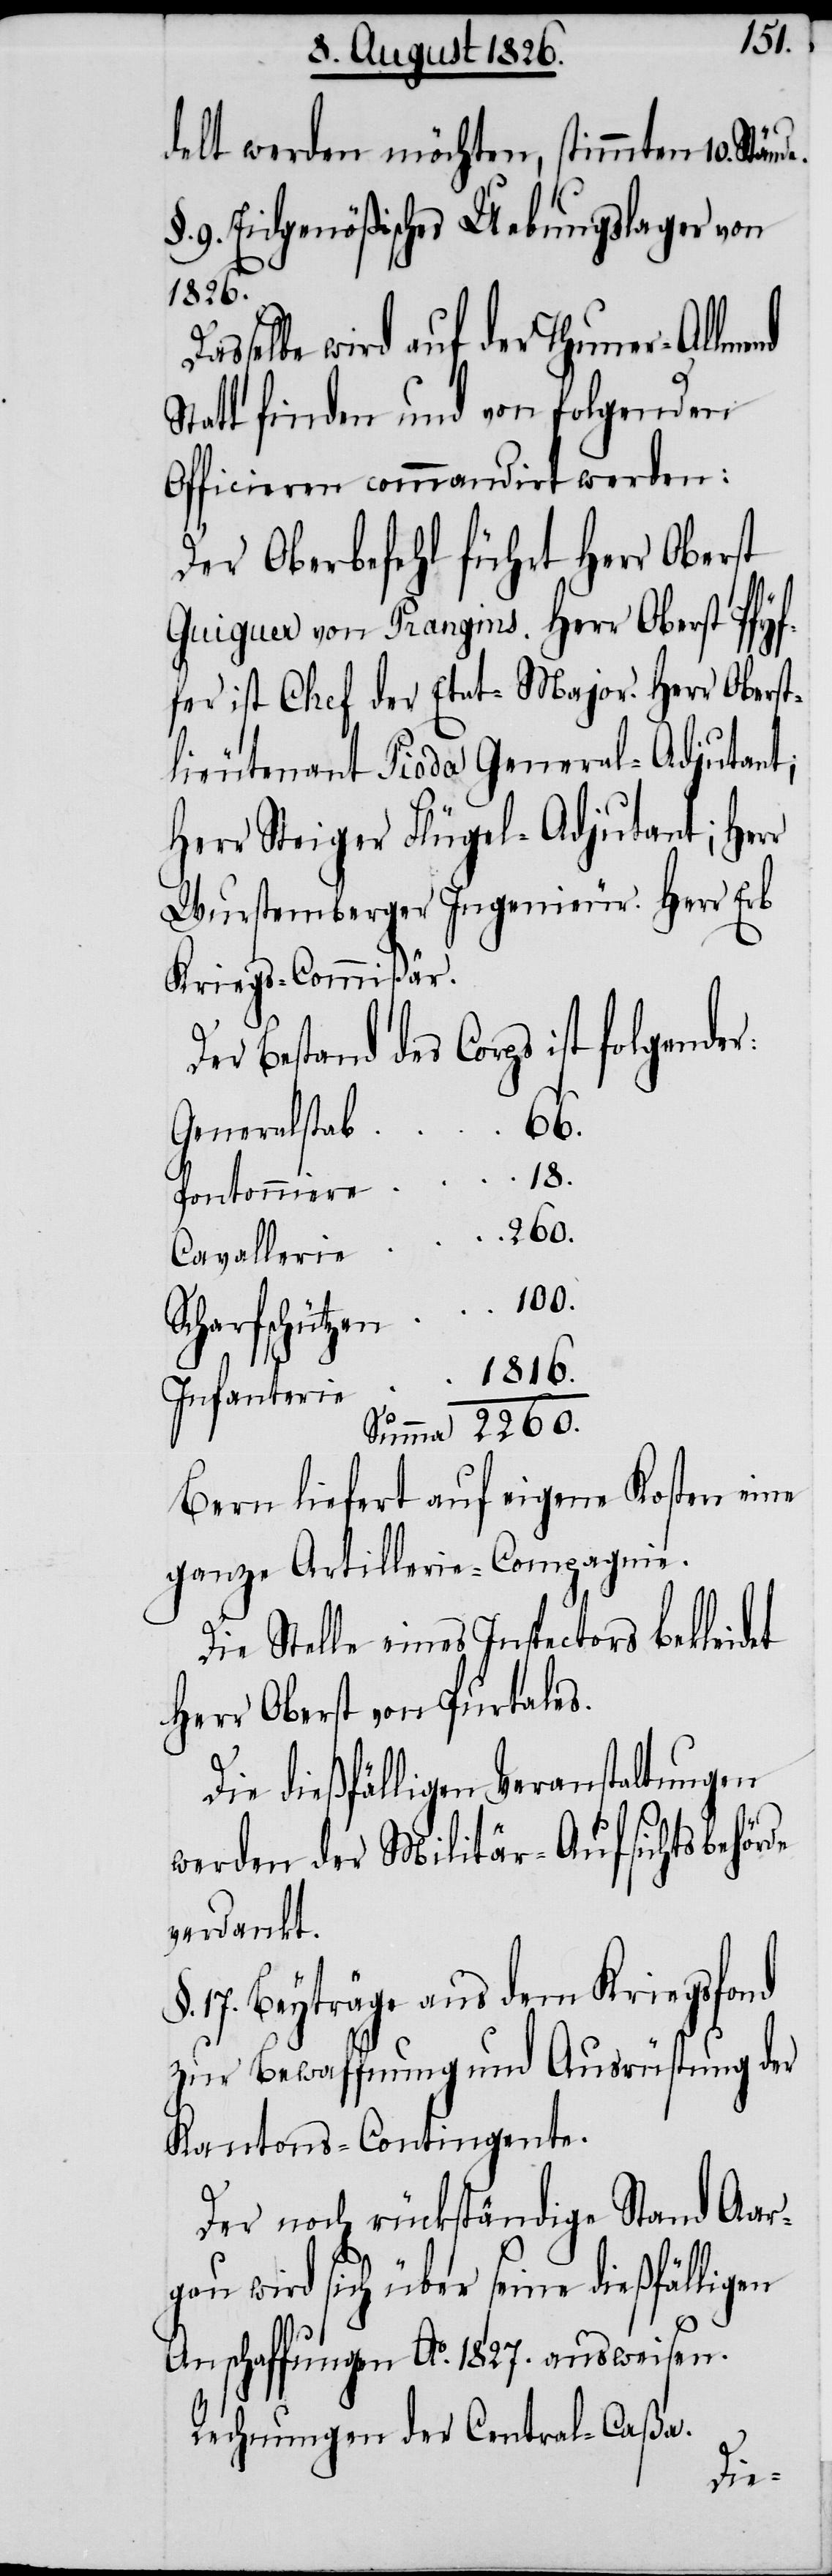
100.
delt werden möchten, stimmten 10. Stän¬
9. Eidgenößisches Uebungslager von
1816.
selbe wird auf der Thuner-Allmend
Statt finden und von folgenden
Officieren commandirt werden:
Der Oberbefehl führt Herr Oberst
Guiguer von Prangins. Herr Oberst Pfyf¬
fer ist Chef der Etat-Major. Herr Oberst¬
lieutenant Pioda General-Adjutant;
Herr Steiger Flügel-Adjutant; Herr
Wurstemberger Ingenieur. Herr Erb
Kriegs-Commißär.
Bestand des Corps ist folgende¬
Pontonniere
Infanterie
Bern liefert auf eigene Kosten eine
ganze Artillerie-Compagnie.
Die Stelle eines Inspectors bekleidet
Herr Oberst von Purtales.
Die dießfälligen Veranstaltungen
werden der Militär-Aufsichtsbehörde
verdankt.
17. Beyträge aus dem Kriegsfond
zur Bewaffnung und Ausrüstung der
Kantons-Contingente.
Der noch rückständige Stand Aar¬
gau wird sich über seine dießfälligen
Anschaffungen Ao. 1827. ausweisen.
Rechnungen der Central-Caßa.
r: